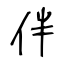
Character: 伴